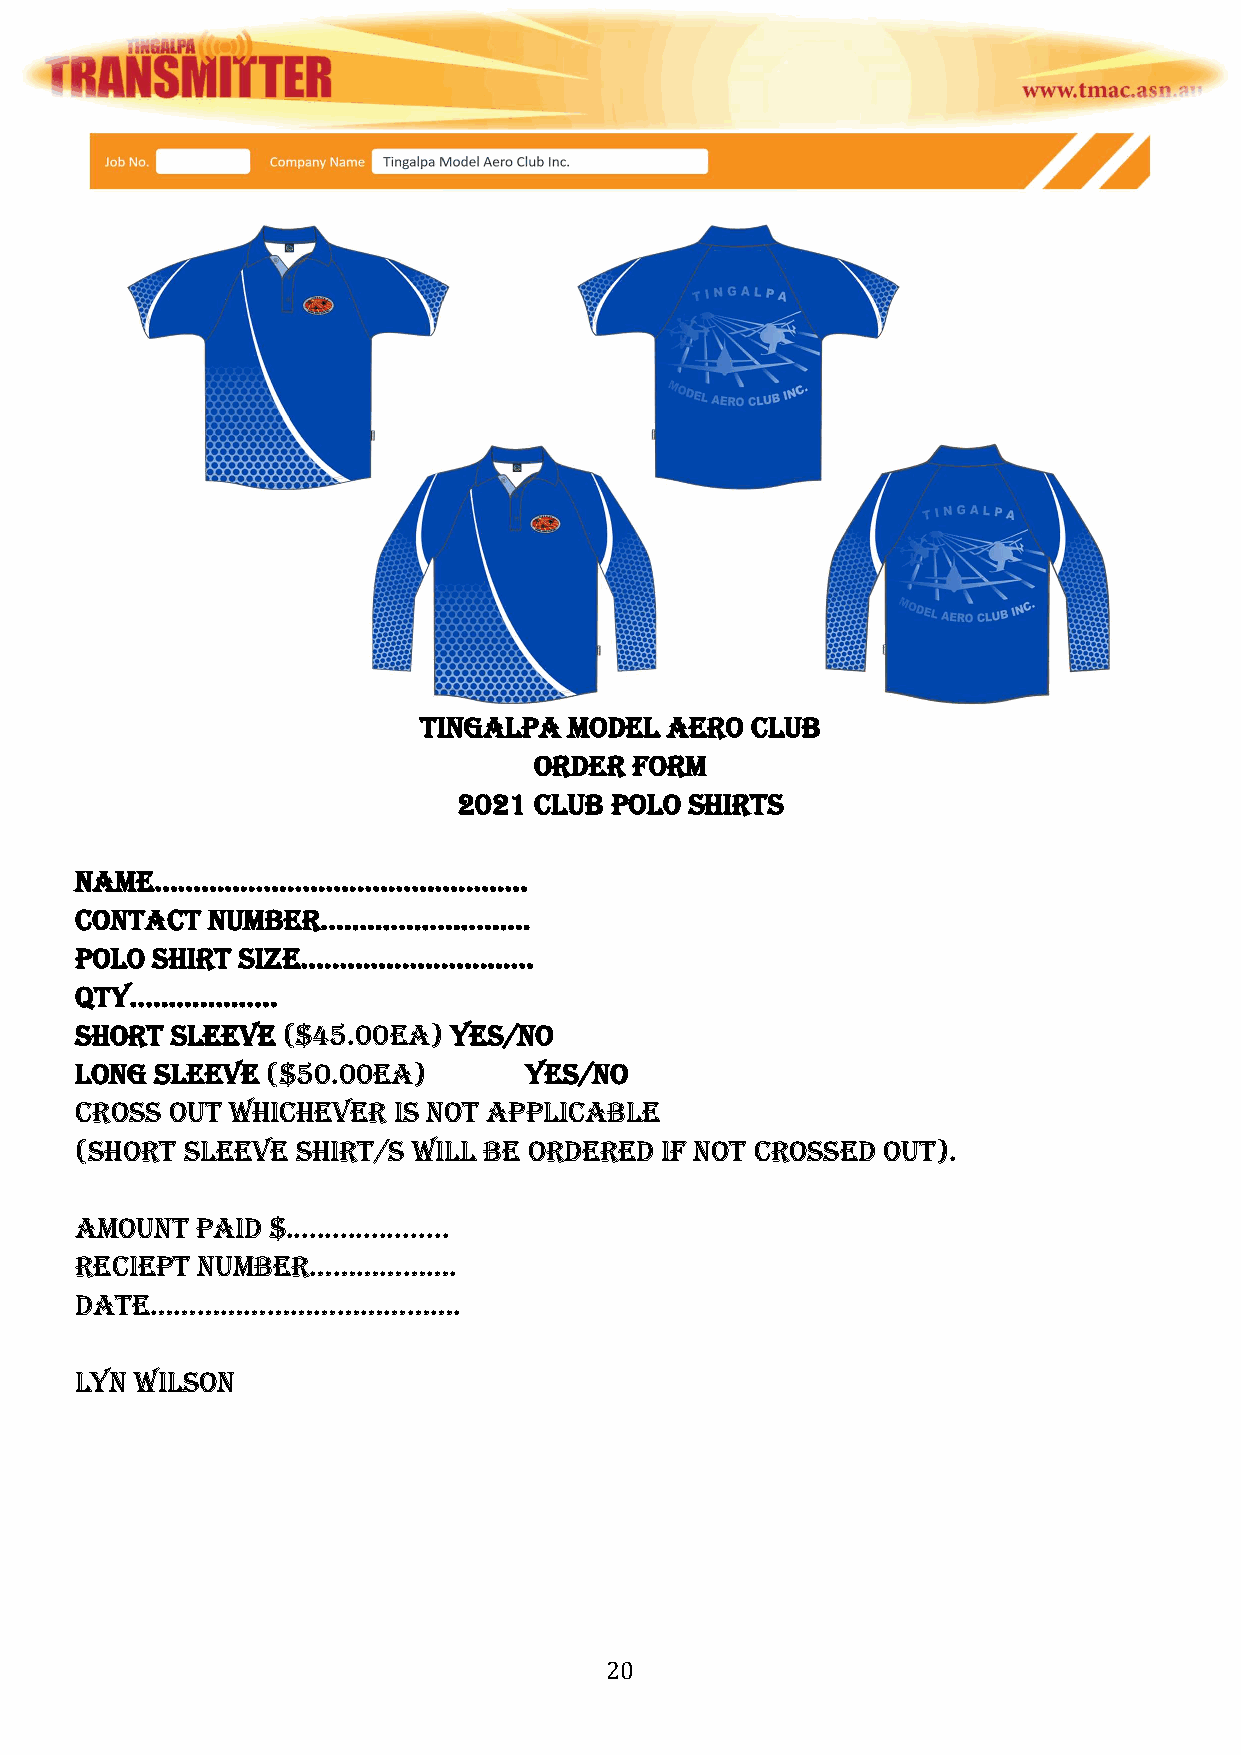
TinGALpA  MoDeL Aero  CLUB
 orDer  ForM
 2021 CLUB poLo  shirTs
 nAMe…………………………………………
 ConTACT  nUMBer………………………
 poLo shirT siZe…………………………
 QTy……………….
 shorT sLeeVe  ($45.00eA) yes/no
 LonG sLeeVe  ($50.00eA)       yes/no
 Cross oUT whiCheVer  is noT AppLiCABLe
 (shorT sLeeVe  shirT/s wiLL Be orDereD iF noT CrosseD oUT).
 AMoUnT  pAiD $.....................
 reCiepT nUMBer……………….
 DATe………………………………….
 Lyn wiLson
 20